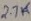
Text: 2.7K